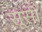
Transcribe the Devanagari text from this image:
सूसी